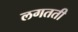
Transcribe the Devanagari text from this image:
लगतती